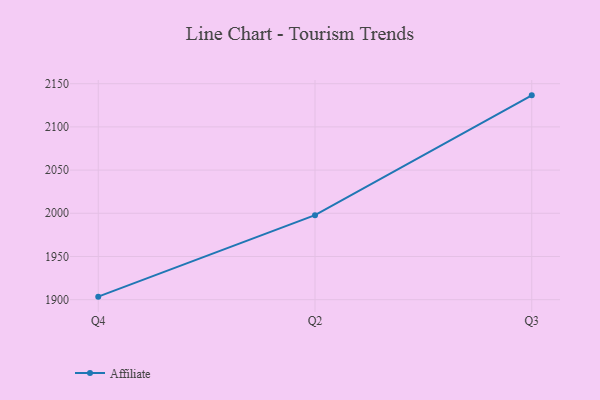
{"axis": {"x": "Quarter", "y": "Satisfaction Score"}, "legend": ["Affiliate"], "data": [{"x": "Q4", "y": 1903.5, "type": "Affiliate"}, {"x": "Q2", "y": 1997.8, "type": "Affiliate"}, {"x": "Q3", "y": 2136.5, "type": "Affiliate"}]}